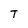
Character: T